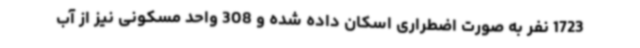
1723 نفر به صورت اضطراری اسکان داده شده و 308 واحد مسکونی نیز از آب